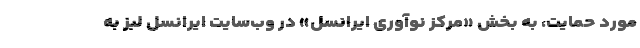
مورد حمایت، به بخش «مرکز نوآوری ایرانسل» در وب‌سایت ایرانسل لبز به